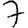
Digit: 7